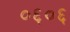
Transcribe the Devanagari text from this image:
०६०६